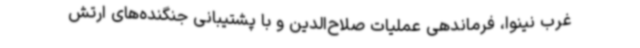
غرب نینوا، فرماندهی عملیات صلاح‌الدین و با پشتیبانی جنگنده‌های ارتش